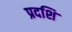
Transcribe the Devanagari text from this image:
प्रदशि